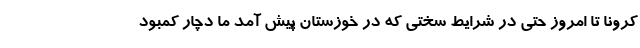
کرونا تا امروز حتی در شرایط سختی که در خوزستان پیش آمد ما دچار کمبود